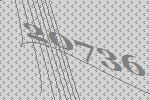
20736